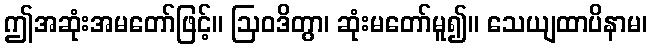
ဤအဆုံးအမတော်ဖြင့်။ ဩဝဒိတွာ၊ ဆုံးမတော်မူ၍။ သေယျထာပိနာမ၊